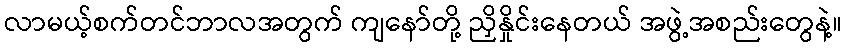
လာမယ့်စက်တင်ဘာလအတွက် ကျနော်တို့ ညှိနှိုင်းနေတယ် အဖွဲ့အစည်းတွေနဲ့။